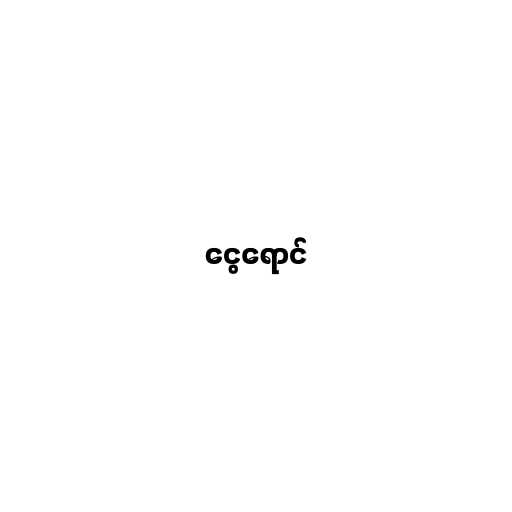
ငွေရောင်